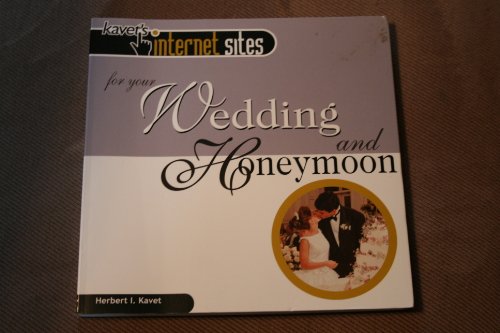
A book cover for Kavet's Internet Sites for your Wedding and Honeymoon; Herb Kavet; Crafts, Hobbies & Home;